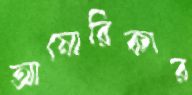
আমোরিকার